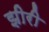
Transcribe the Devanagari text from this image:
झीरी